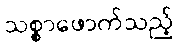
သစ္စာဖောက်သည့်